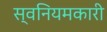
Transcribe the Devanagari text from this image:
स्वनियमकारी